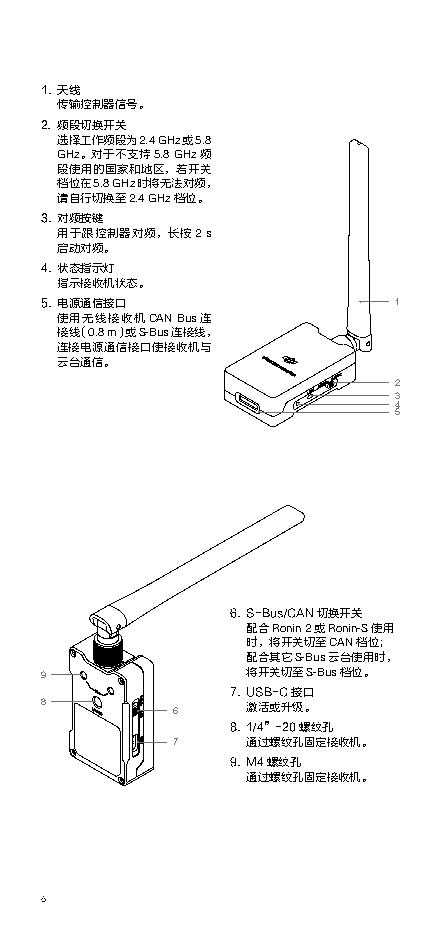
1. 天线
 传输控制器信号。
 2. 频段切换开关
 选择工作频段为2.4 GHz或5.8
 GHz。对于不支持5.8 GHz频
 段使用的国家和地区，若开关
 档位在5.8 GHz时将无法对频，
 请自行切换至2.4 GHz档位。
 3. 对频按键
 用于跟控制器对频，长按2 s
 启动对频。
 4. 状态指示灯
 指示接收机状态。
 5. 电源通信接口              1
 使用无线接收机CAN Bus连
 接线（0.8 m）或S-Bus连接线，
 连接电源通信接口使接收机与
 云台通信。
 2
 3
 4
 5
 6. S-Bus/CAN切换开关
 配合Ronin 2或Ronin-S使用
 时，将开关切至CAN档位；
 配合其它S-Bus云台使用时，
 9            将开关切至S-Bus档位。
 7. USB-C接口
 8       6    激活或升级。
 8. 1/4”-20螺纹孔
 7    通过螺纹孔固定接收机。
 9. M4螺纹孔
 通过螺纹孔固定接收机。
 6